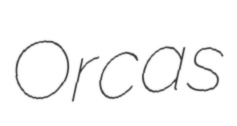
Orcas